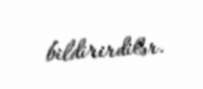
bildirirdilər.